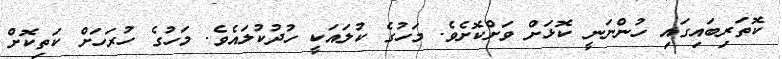
ކޮތަރިބައިގައި ހުންނަނީ ކޮޅަށް ވަށްކޮށެވެ. މަހުގެ ކުލައަކީ ހުދުކުލައެވެ. މަހުގެ ހުރަހަށް ކަތިކޮށް